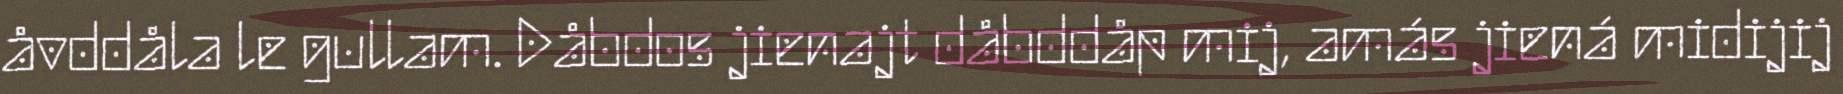
åvddåla le gullam. Dåbdos jienajt dåbddåp mij, amás jiená midijij